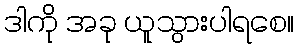
ဒါကို အခု ယူသွားပါရစေ။